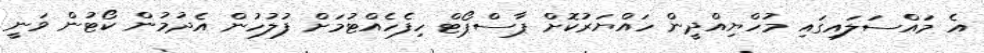
އެ މައްސަލައިގައި މުހްޔިއްދީން ހައްޔަރުކޮށް ޕާސްޕޯޓް ހިފެހެއްޓުމަށް ފުލުހުން އެދުމުން ކޯޓުން ވަނީ